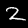
Label: 2